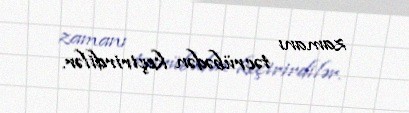
zamanı təcrübədən keçirirdilər.